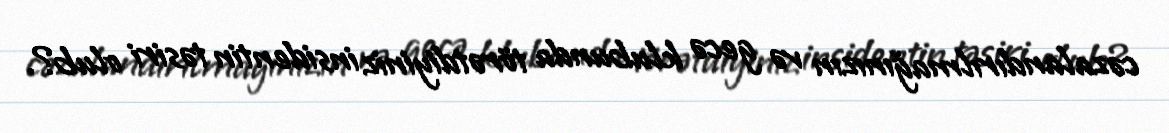
cəzalandırılmağınızın və gecə klubunda törətdiyiniz insidentin təsiri olub?.